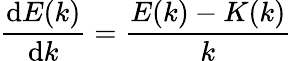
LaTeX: {\frac{\mathrm{d}E(k)}{\mathrm{d}k}}={\frac{E(k)-K(k)}{k}}